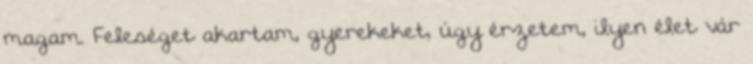
magam. Feleséget akartam, gyerekeket, úgy érzetem, ilyen élet vár